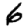
Digit: 6